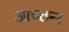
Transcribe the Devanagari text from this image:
आच्छन्‍न